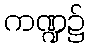
ကဏ္ဍ၌